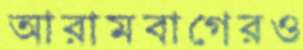
আরামবাগেরও